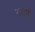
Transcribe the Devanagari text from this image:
नवानी